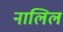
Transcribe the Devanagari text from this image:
नालिल